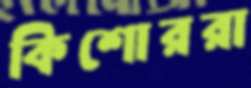
কিশোররা